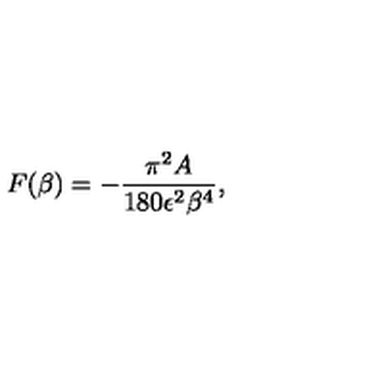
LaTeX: { } F ( \beta ) = - { \frac { \pi ^ { 2 } A } { 1 8 0 \epsilon ^ { 2 } \beta ^ { 4 } } } ,